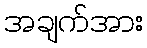
အချက်အား